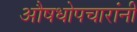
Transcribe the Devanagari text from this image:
औषधोपचारांनी